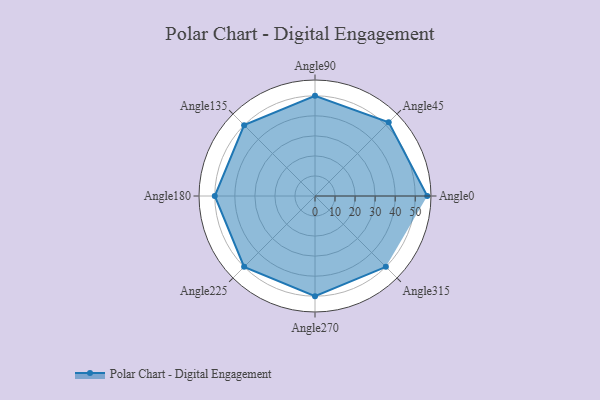
{"axis": {"x": "Angle", "y": "Radius"}, "legend": [""], "data": [{"x": "Angle0", "y": 56.0, "type": ""}, {"x": "Angle45", "y": 52.0, "type": ""}, {"x": "Angle90", "y": 50, "type": ""}, {"x": "Angle135", "y": 50, "type": ""}, {"x": "Angle180", "y": 50, "type": ""}, {"x": "Angle225", "y": 50, "type": ""}, {"x": "Angle270", "y": 50, "type": ""}, {"x": "Angle315", "y": 50, "type": ""}]}